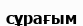
сұрағым